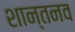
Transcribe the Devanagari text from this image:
शान्तनव